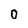
Character: 0